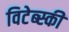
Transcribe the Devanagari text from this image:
विटेब्स्की